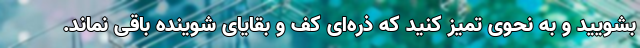
بشویید و به نحوی تمیز کنید که ذره‌ای کف و بقایای شوینده باقی نماند.